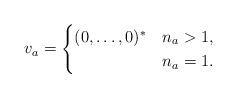
LaTeX: \begin{align*}v_a = \begin{cases}(0,\ldots,0)^{*} & n_a > 1, \\ & n_a = 1.\end{cases}\end{align*}